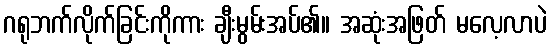
ဂရုဘက်လိုက်ခြင်းကိုကား ချီးမွမ်းအပ်၏။ အဆုံးအဖြတ် မလေ့လာပဲ